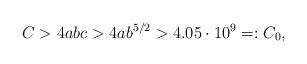
LaTeX: \begin{align*}C > 4abc > 4ab^{5/2} > 4.05\cdot 10^{9}=: C_0,\end{align*}